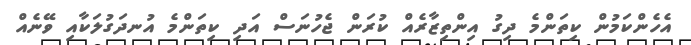
އެހެންކަމުން ކިތަންމެ ދިގު އިންތިޒާރެއް ކުރަން ޖެހުނަސް އަދި ކިތަންމެ އުނދަގުލަކާއި ވޭނެއް